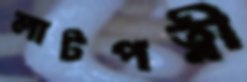
লাটপত্নী